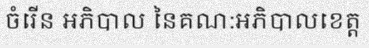
ចំរើន អភិបាល នៃគណ:អភិបាលខេត្ត